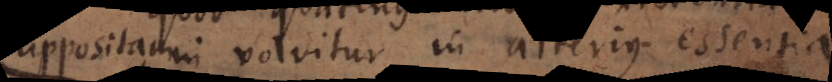
suppositam involvitur in alterius essentia.